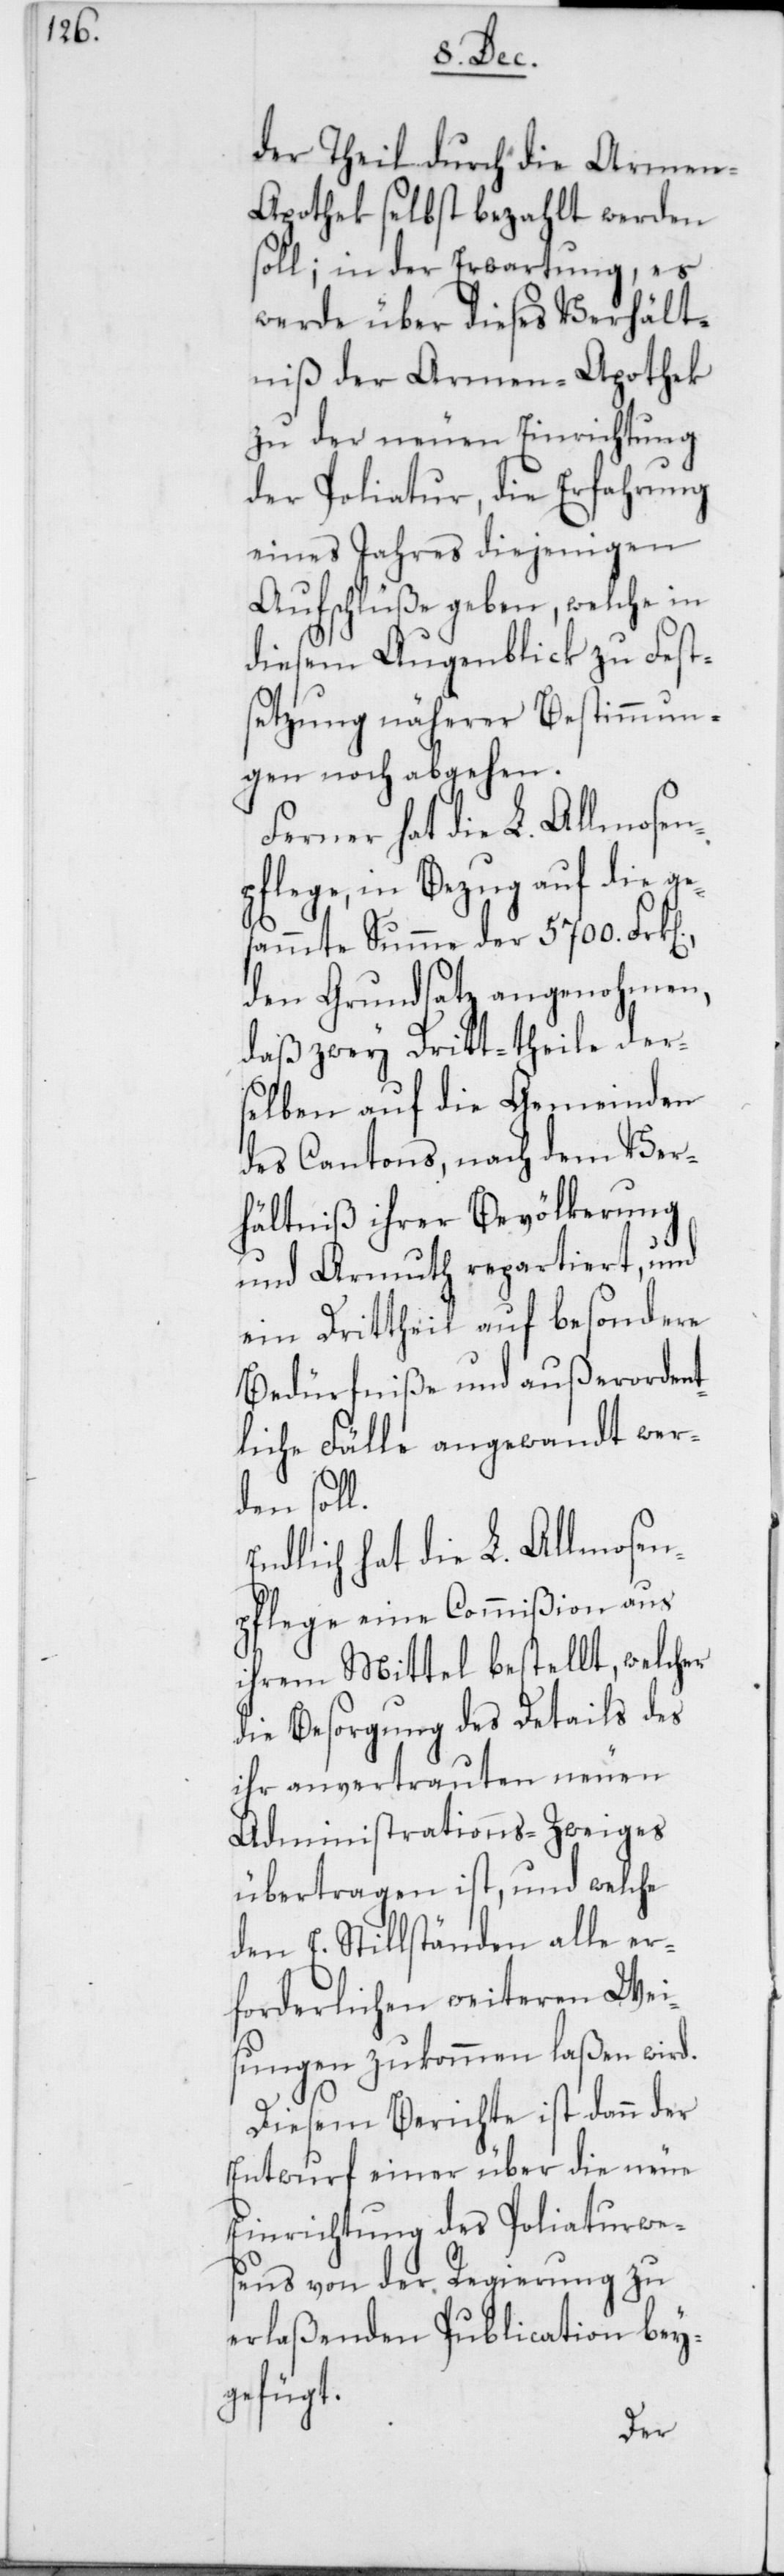
n].,

der Theil durch die Armen-A¬
pothek selbst bezahlt werden
soll; in der Erwartung, es
werde über dieses Verhält¬
niß der Armen-Apothek
zu der neuen Einrichtung
der Poliatur, die Erfahrung
eines Jahres diejenigen
Aufschlüße geben, welche in
diesem Augenblick zu Fest¬
setzung näherer Bestimmun¬
gen noch abgehen.
Ferner hat die L. Allmosen¬
pflege in Bezug auf die ge¬
sammte Summe der 5700. Frk[e¬
den Grundsatz angenohmen,
daß zwey Dritt-theile ders¬
elben auf die Gemeinden
des Cantons, nach dem Ver¬
hältniß ihrer Bevölkerung
und Armuth repartiert, und
ein Drittheil auf besondere
Bedürfniße und außerordent¬
liche Fälle angewandt wer¬
den soll.
Endlich hat die L. Allmosen¬
pflege eine Commißion aus
ihrem Mittel bestellt, welcher
die Besorgung des Details des
ihr anvertrauten neuen
Administrations-Zweiges
übertragen ist, und welche
den E. Stillständen alle er¬
forderlichen weiteren Wei¬
sungen zukommen laßen wird.
Diesem Berichte ist dann der
Entwurf einer über die neue
Einrichtung des Poliaturwe¬
sens von der Regierung zu
erlaßenden Publication bey¬
gefügt.